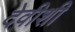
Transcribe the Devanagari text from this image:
देवीशी